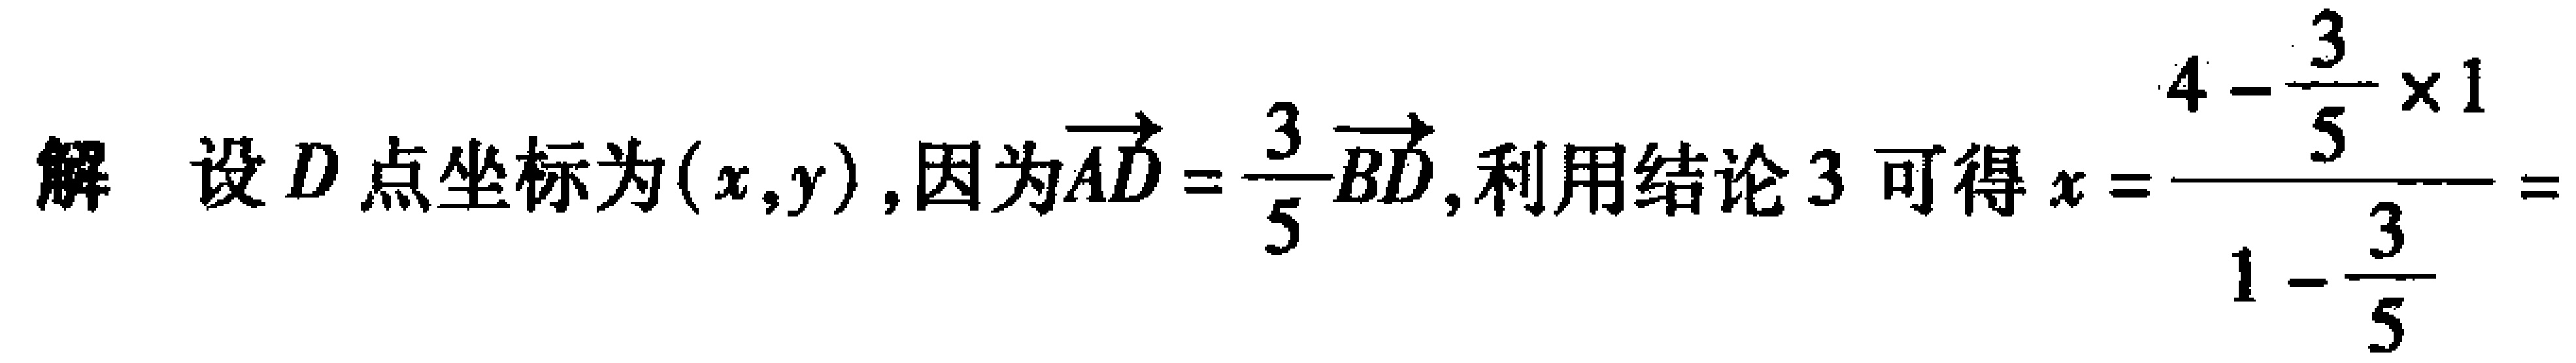
解 设 \(D\) 点坐标为 \((x,y)\),因为\(\overrightarrow{AD}=\frac{3}{5}\overrightarrow{BD}\),利用结论 \(3\) 可得 \(x = \frac{4 - \frac{3}{5}\times1}{1-\frac{3}{5}}=\)